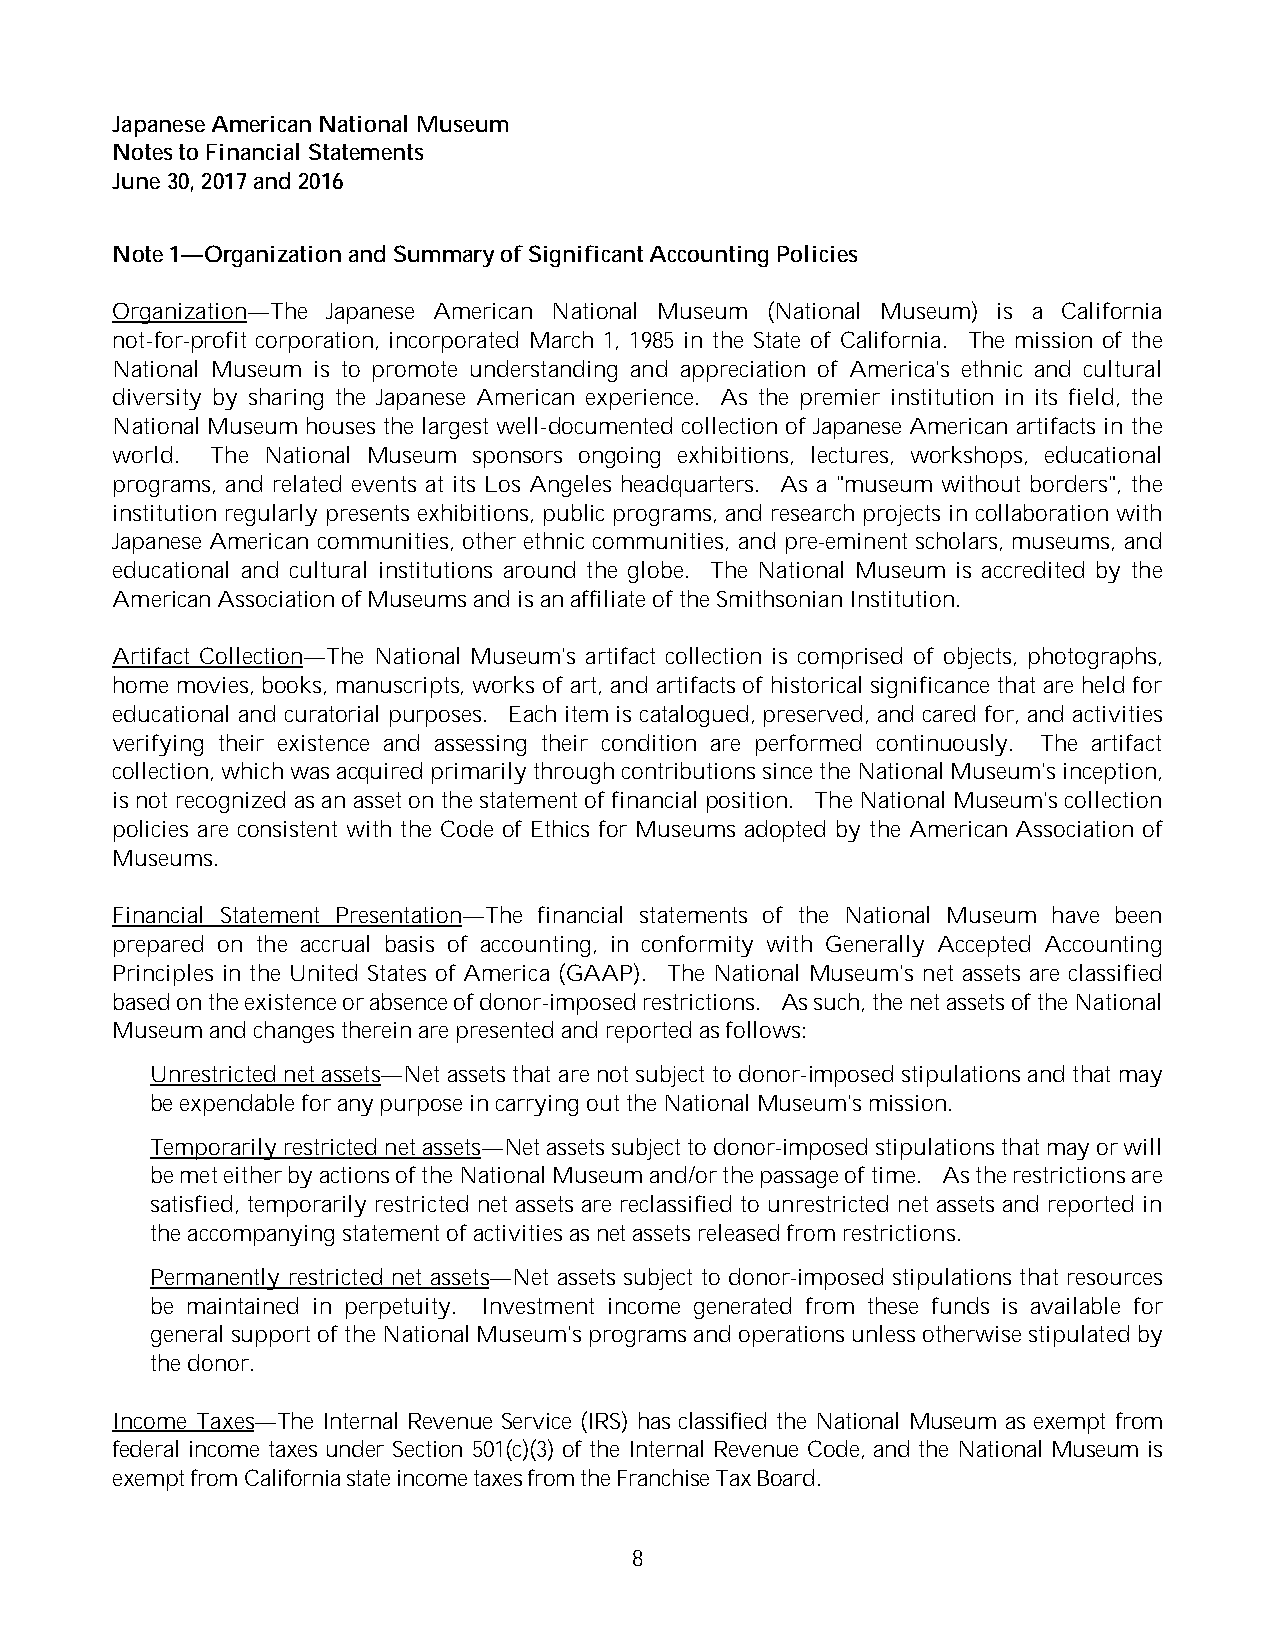
Japanese American National Museum
 Notes to Financial Statements
 June 30, 2017and 2016
 Note 1—Organization and Summary of Significant Accounting Policies
 Organization—The Japanese American National Museum (National Museum) is a California
 not-for-profit corporation, incorporated March 1, 1985 in the State of California. The mission of the
 National Museum is to promote understanding and appreciation of America's ethnic and cultural
 diversity by sharing the Japanese American experience. As the premier institution in its field, the
 National Museum houses the largest well-documented collection of Japanese American artifacts in the
 world. The National Museum sponsors ongoing exhibitions, lectures, workshops, educational
 programs, and related events at its Los Angeles headquarters. As a "museum without borders", the
 institution regularly presents exhibitions, public programs, and research projects in collaboration with
 Japanese American communities, other ethnic communities, and pre-eminent scholars, museums, and
 educational and cultural institutions around the globe. The National Museum is accredited by the
 American Association of Museums and is an affiliate of the Smithsonian Institution.
 Artifact Collection—The National Museum's artifact collection is comprised of objects, photographs,
 home movies, books, manuscripts, works of art, and artifacts of historical significance that are held for
 educational and curatorial purposes. Each item is catalogued, preserved, and cared for, and activities
 verifying their existence and assessing their condition are performed continuously. The artifact
 collection, which was acquired primarily through contributions since the National Museum's inception,
 is not recognized as an asset on the statement of financial position. The National Museum's collection
 policies are consistent with the Code of Ethics for Museums adopted by the American Association of
 Museums.
 Financial Statement Presentation—The financial statements of the National Museum have been
 prepared on the accrual basis of accounting, in conformity with Generally Accepted Accounting
 Principles in the United States of America (GAAP). The National Museum's net assets are classified
 based on the existence or absence of donor-imposed restrictions. As such, the net assets of the National
 Museum and changes therein are presented and reported as follows:
 Unrestricted net assets—Net assets that are not subject to donor-imposed stipulations and that may
 be expendable for any purpose in carrying out the National Museum's mission.
 Temporarily restricted net assets—Net assets subject to donor-imposed stipulations that may or will
 be met either by actions of the National Museum and/or the passage of time. As the restrictions are
 satisfied, temporarily restricted net assets are reclassified to unrestricted net assets and reported in
 the accompanying statement of activities as net assets released from restrictions.
 Permanently restricted net assets—Net assets subject to donor-imposed stipulations that resources
 be maintained in perpetuity. Investment income generated from these funds is available for
 general support of the National Museum's programs and operations unless otherwise stipulated by
 the donor.
 Income Taxes—The Internal Revenue Service (IRS) has classified the National Museum as exempt from
 federal income taxes under Section 501(c)(3) of the Internal Revenue Code, and the National Museum is
 exempt from California state income taxes from the Franchise Tax Board.
 8